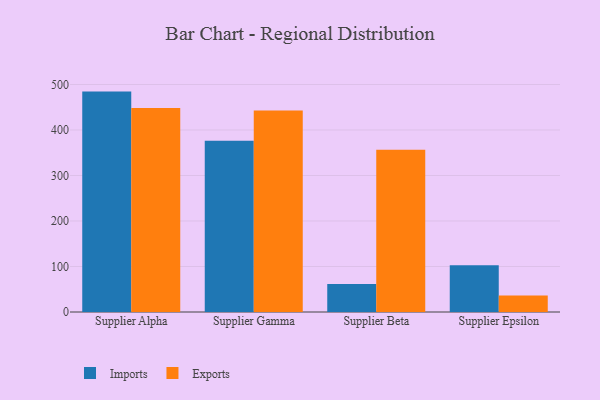
{"axis": {"x": "Supplier", "y": "Shipments"}, "legend": ["Exports", "Imports"], "data": [{"x": "Supplier Alpha", "y": 484.4, "type": "Imports"}, {"x": "Supplier Alpha", "y": 448.4, "type": "Exports"}, {"x": "Supplier Gamma", "y": 376.6, "type": "Imports"}, {"x": "Supplier Gamma", "y": 443.1, "type": "Exports"}, {"x": "Supplier Beta", "y": 61.6, "type": "Imports"}, {"x": "Supplier Beta", "y": 356.8, "type": "Exports"}, {"x": "Supplier Epsilon", "y": 103.0, "type": "Imports"}, {"x": "Supplier Epsilon", "y": 36.5, "type": "Exports"}]}